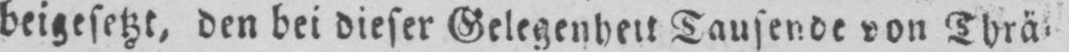
beigesetzt, den bei dieser Gelegenheit Taufende von Thrä⸗